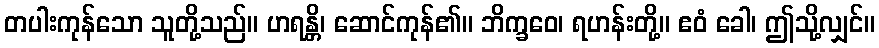
တပါးကုန်သော သူတို့သည်။ ဟရန္တိ၊ ဆောင်ကုန်၏။ ဘိက္ခဝေ၊ ရဟန်းတို့။ ဧဝံ ခေါ၊ ဤသို့လျှင်။